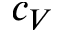
c _ { V }